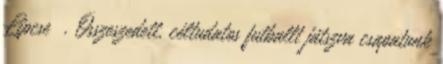
Lipcse . Összeszedett, céltudatos futballt játszva csapatunk